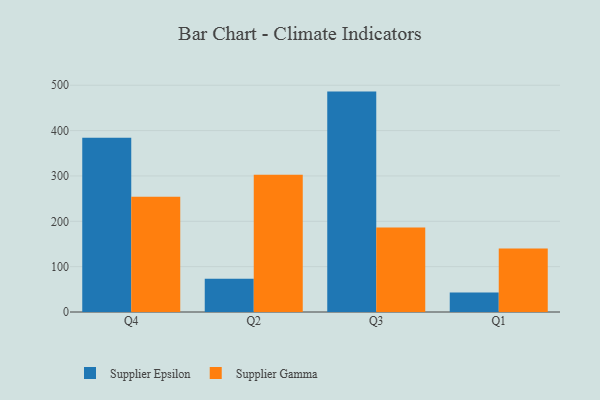
{"axis": {"x": "Quarter", "y": "Market Share (%)"}, "legend": ["Supplier Epsilon", "Supplier Gamma"], "data": [{"x": "Q4", "y": 384.1, "type": "Supplier Epsilon"}, {"x": "Q4", "y": 253.9, "type": "Supplier Gamma"}, {"x": "Q2", "y": 73.1, "type": "Supplier Epsilon"}, {"x": "Q2", "y": 302.4, "type": "Supplier Gamma"}, {"x": "Q3", "y": 486.0, "type": "Supplier Epsilon"}, {"x": "Q3", "y": 186.1, "type": "Supplier Gamma"}, {"x": "Q1", "y": 43.0, "type": "Supplier Epsilon"}, {"x": "Q1", "y": 140.2, "type": "Supplier Gamma"}]}